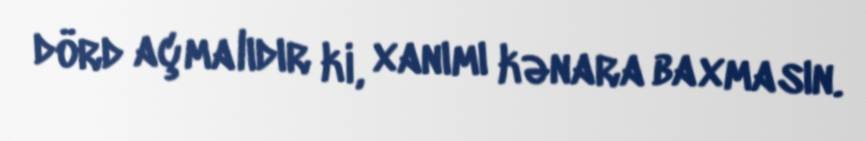
dörd açmalıdır ki, xanımı kənara baxmasın.